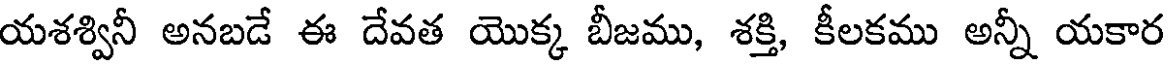
యశశ్వినీ అనబడే ఈ దేవత యొక్క బీజము, శక్తి, కీలకము అన్నీ యకార